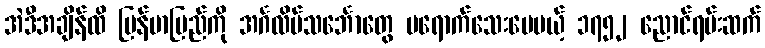
အဲဒီအချိန်ထိ မြန်မာပြည်ကို အင်္ဂလိပ်သင်္ဘောတွေ မရောက်သေးပေမယ့် ၁၇၅၂ ညောင်ရမ်းဆက်